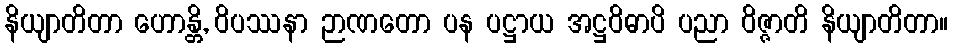
နိယျာတိတာ ဟောန္တိ, ဝိပဿနာ ဉာဏတော ပန ပဋ္ဌာယ အဋ္ဌဝိဓာပိ ပညာ ဝိဇ္ဇာတိ နိယျာတိတာ။